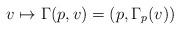
LaTeX: \begin{align*}v \mapsto \Gamma(p,v) = \left( p,\Gamma_{p}(v) \right)\end{align*}